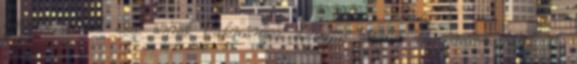
igényli, mert csak annak tudományos elemzése alapján hagyományozhatók át